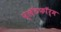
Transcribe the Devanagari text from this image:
प्लॅटफाॅर्म